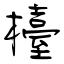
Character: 檯